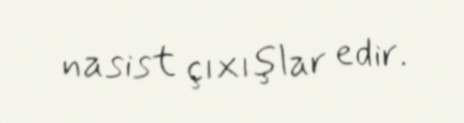
nasist çıxışlar edir.